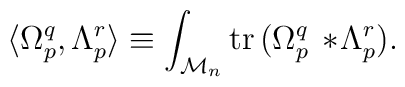
\langle \Omega_p^q , \Lambda_p^r \rangle \equiv \int_{{\cal M}_n}{\rm tr} \, ( \Omega_p^q \, * \! \Lambda_p^r ).